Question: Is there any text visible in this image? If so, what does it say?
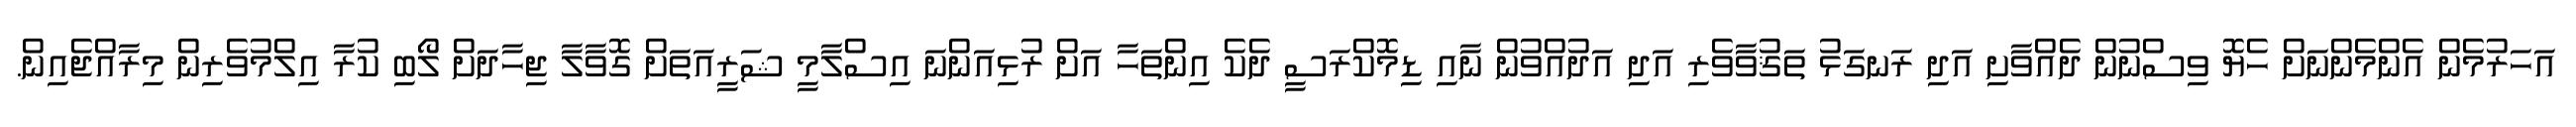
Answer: އަހަރުމެން އެންމެންނަށް ހެޔޮ ވިސްނުން ދެއްވާށި އަދި ރަނގަޅު ތަޤުވާވެރި އަދި އަދުއްވުން ނާއި ޑިމޮކްރަސީ ދެކެ އިންތަހާ އަށް ރުޅިއަންނަ އިސްލާމީ ޝަރީއަތަށް ގޮވާލާ ޖިހާދަށް ލޯބި ކުރާ އިލްމުވެރިން މިރާއްޖެއިން.